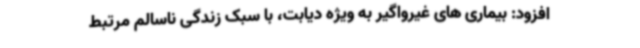
افزود: بیماری های غیرواگیر به ویژه دیابت، با سبک زندگی ناسالم مرتبط